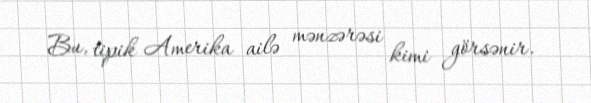
Bu, tipik Amerika ailə mənzərəsi kimi görsənir.